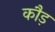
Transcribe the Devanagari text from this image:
कौड़